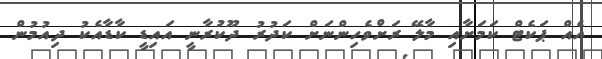
އެއް ޕަކެޓް ކަމަށާއި މާލޭ ރަށްވެހިންނަށް ކަދުރު ދޫކުރާނީ އައިޑީ ކާޑާއެކު ދިއުމުން